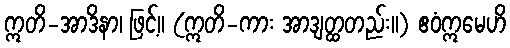
ဣတိ-အာဒိနာ၊ ဖြင့်။ (ဣတိ-ကား အာဒျတ္ထတည်း။) ဧဝံဣမေဟိ